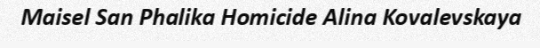
Maisel San Phalika Homicide Alina Kovalevskaya